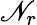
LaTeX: \mathscr{N}_{r}